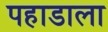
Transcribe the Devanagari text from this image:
पहाडाला